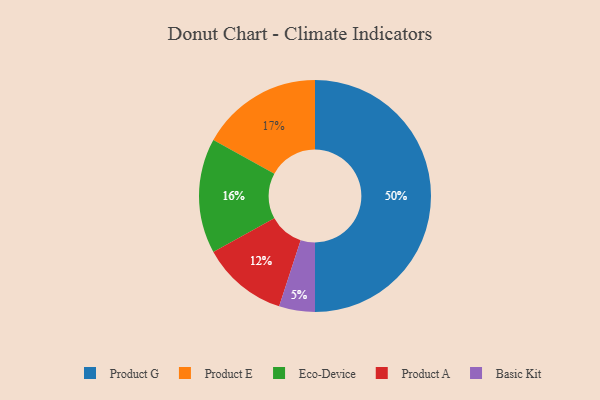
{"axis": {"x": "Category", "y": "Percentage"}, "legend": ["Basic Kit", "Eco-Device", "Product A", "Product E", "Product G"], "data": [{"x": "Product G", "y": 50, "type": "Product G"}, {"x": "Basic Kit", "y": 5, "type": "Basic Kit"}, {"x": "Product A", "y": 12, "type": "Product A"}, {"x": "Product E", "y": 17, "type": "Product E"}, {"x": "Eco-Device", "y": 16, "type": "Eco-Device"}]}